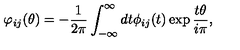
\varphi _ { i j } ( \theta ) = - \frac { 1 } { 2 \pi } \int _ { - \infty } ^ { \infty } d t \phi _ { i j } ( t ) \exp \frac { t \theta } { i \pi } ,